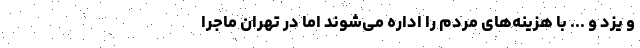
و یزد و ... با هزینه‌های مردم را اداره می‌شوند اما در تهران ماجرا